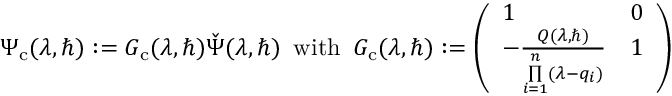
\Psi _ { \mathrm { c } } ( \lambda , \hbar ) : = G _ { \mathrm { c } } ( \lambda , \hbar ) \check { \Psi } ( \lambda , \hbar ) \, \mathrm { ~ w i t h ~ } \, G _ { \mathrm { c } } ( \lambda , \hbar ) : = \left( \begin{array} { l l } { 1 } & { 0 } \\ { - \frac { Q ( \lambda , \hbar ) } { \underset { i = 1 } { \overset { n } { \prod } } ( \lambda - q _ { i } ) } } & { 1 } \end{array} \right)